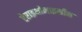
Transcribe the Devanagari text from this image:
ऐराइथोमाइसीन